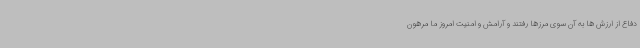
دفاع از ارزش ها به آن سوی مرزها رفتند و آرامش و امنیت امروز ما مرهون